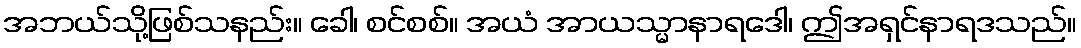
အဘယ်သို့ဖြစ်သနည်း။ ခေါ၊ စင်စစ်။ အယံ အာယသ္မာနာရဒေါ၊ ဤအရှင်နာရဒသည်။